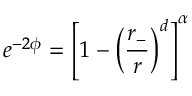
e ^ { - 2 \phi } = \left[ 1 - \left( \frac { r _ { - } } { r } \right) ^ { d } \right] ^ { \alpha }